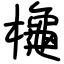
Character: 櫷